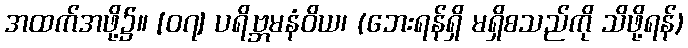
အထက်အဖို့၌။ [၀၇] ပရိဗ္ဘမနံဝိယ၊ (ဘေးရန်ရှိ မရှိစသည်ကို သိဖို့ရန်)